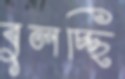
বুলচ্ছি